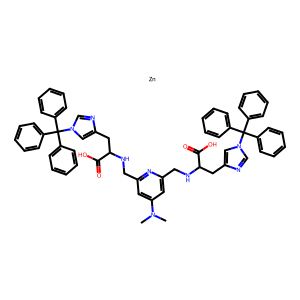
SMILES: CN(C)c1cc(CNC(Cc2cn(C(c3ccccc3)(c3ccccc3)c3ccccc3)cn2)C(=O)O)nc(CNC(Cc2cn(C(c3ccccc3)(c3ccccc3)c3ccccc3)cn2)C(=O)O)c1.[Zn]
Inhibits HIV replication: No